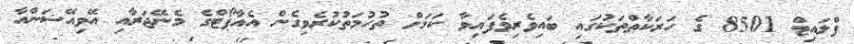
ފްލައިޓް 8501 ގެ ހަރަކާތްތަކުގައި ބައިވެރިވެފައިވާ ކަމަށް ތުހުމަތުކުރެވިގެން އެއާޕޯޓްގެ މެނޭޖަރާއި އޭވިއޭޝަންއާ